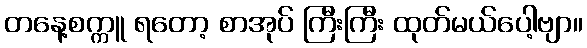
တနေ့စက္ကူ ရတော့ စာအုပ် ကြီးကြီး ထုတ်မယ်ပေါ့ဗျာ။